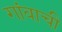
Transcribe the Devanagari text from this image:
गांवाची